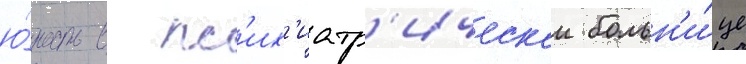
ю́ность в пс'их'иатр'ическои больн'и́це